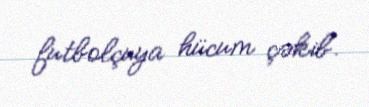
futbolçuya hücum çəkib.